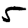
Digit: 5